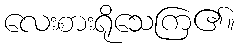
လေးစားရိုသေကြ၏။